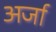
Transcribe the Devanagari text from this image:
अर्जा